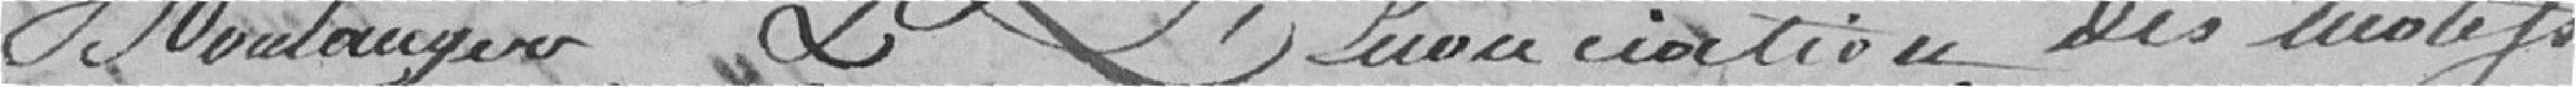
Boulanger, & l'énonciation des motifs